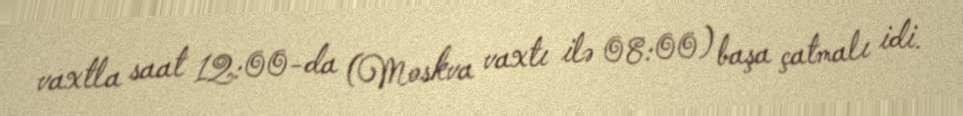
vaxtla saat 12:00-da (Moskva vaxtı ilə 08:00) başa çatmalı idi.